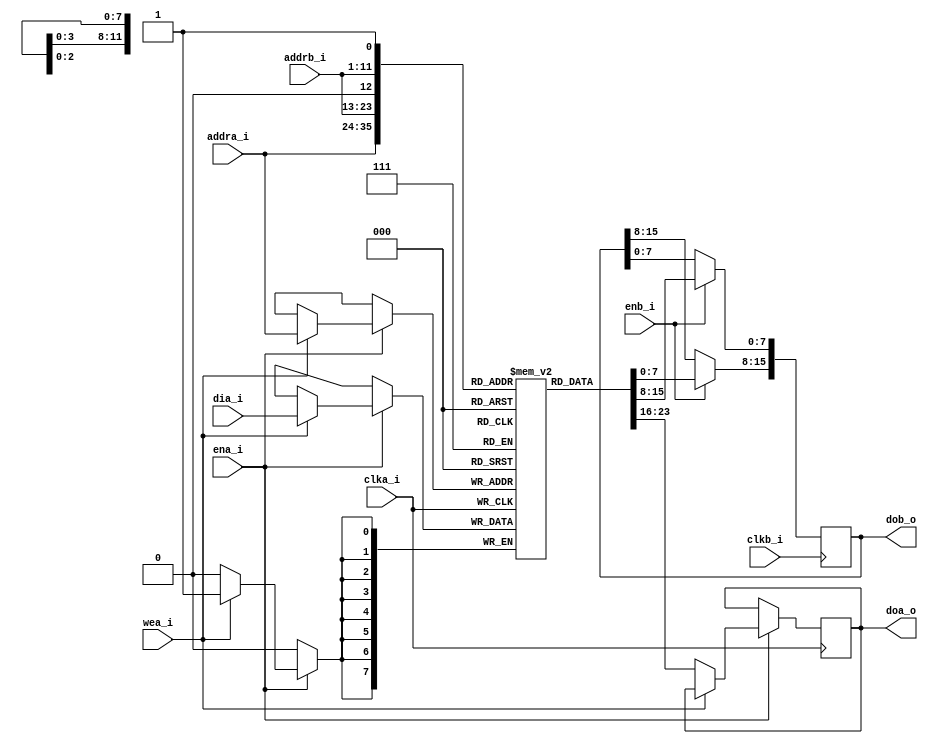
`timescale 1 ns / 1 ps

/*******************************************************************************
Copyright (C) 2018 Ryan Clarke

This program is free software (firmware): you can redistribute it and/or modify
it under the terms of the GNU General Public License as published by
the Free Software Foundation, either version 3 of the License, or
(at your option) any later version.

This program is distributed in the hope that it will be useful,
but WITHOUT ANY WARRANTY; without even the implied warranty of
MERCHANTABILITY or FITNESS FOR A PARTICULAR PURPOSE.  See the
GNU General Public License for more details.

You should have received a copy of the GNU General Public License
along with this program.  If not, see <http://www.gnu.org/licenses/>.
*******************************************************************************/

/*******************************************************************************
Module Name : RAM_4K8_2K16
Top Module  : VGAController
File Name   : ram_4k8_2k16.v
Project     : v65C02 8-bit Computer
Author      : Ryan Clarke
E-mail      : kj6msg@icloud.com
================================================================================
Purpose : Asymmetric, dual-port 32 Kb synchronous RAM with an 8-bit read/write
          (no-change) port A and a 16-bit read-only port B.
          
          All outputs are registered and incur a one clock cycle delay.
*******************************************************************************/


module RAM_4K8_2K16
    (
    // port A
    input wire        clka_i,   // clock
    input wire        ena_i,    // RAM enable
    input wire        wea_i,    // write enable
    input wire [11:0] addra_i,  // address
    input wire [7:0]  dia_i,    // data input
    output reg [7:0]  doa_o,    // data output
    
    // port B
    input wire        clkb_i,   // clock
    input wire        enb_i,    // RAM enable
    input wire [10:0] addrb_i,  // address
    output reg [15:0] dob_o     // data output
    );
    
    
/* RAM ************************************************************************/
    
    // 4K x 8-bit block RAM
    (*rom_style = "block" *) reg [7:0] ram_reg [0:4095];
    
    
/* PORT A - READ/WRITE (NO-CHANGE) ********************************************/
    
    initial doa_o = 8'h00;
    always @(posedge clka_i)
        if(ena_i)
            if(wea_i)
                ram_reg[addra_i] <= #1 dia_i;
            else
                doa_o <= #1 ram_reg[addra_i];
    
    
/* PORT B - READ-ONLY *********************************************************/
    
    // least and most significant byte addresses for 16- to 8-bit conversion
    wire [11:0] addrb_lsb;
    wire [11:0] addrb_msb;
    
    assign addrb_lsb = {addrb_i, 1'b0};     // LSB = addr * 2
    assign addrb_msb = {addrb_i, 1'b1};     // MSB = addr * 2 + 1
    
    initial dob_o = 8'h00;
    always @(posedge clkb_i)
        if(enb_i) begin
            dob_o[7:0]  <= #1 ram_reg[addrb_lsb];
            dob_o[15:8] <= #1 ram_reg[addrb_msb];
        end
    
endmodule